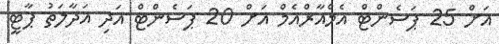
އަށް 25 ޕަސެންޓް އެމްއާރްއެމް އަށް 20 ޕަސެންޓް އަދި އަދާލަތު ޕާޓީ